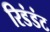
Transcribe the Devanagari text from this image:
रिडंडंट